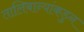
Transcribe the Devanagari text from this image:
तालिबान्यांकडुन